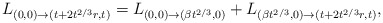
\begin{align*}L_{(0,0)\to({t}+2{t}^{2/3}r,{t})}=L_{(0,0)\to(\beta{t}^{2/3},0)}+L_{(\beta{t}^{2/3},0)\to({t}+2{t}^{2/3}r,{t})},\end{align*}